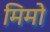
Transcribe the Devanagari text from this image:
मिमो